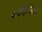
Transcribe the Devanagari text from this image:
मांटीक्रिस्टो